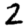
Digit: 2